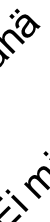
i ä